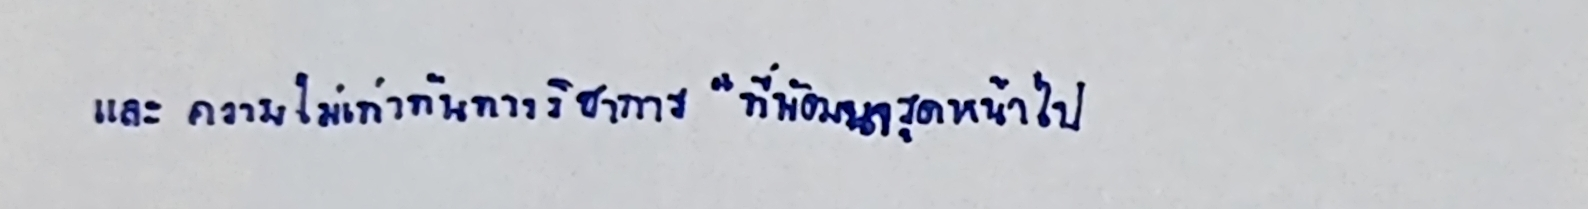
และ"ความไม่เท่าทันทางวิชาการ"ที่พัฒนารุดหน้าไป